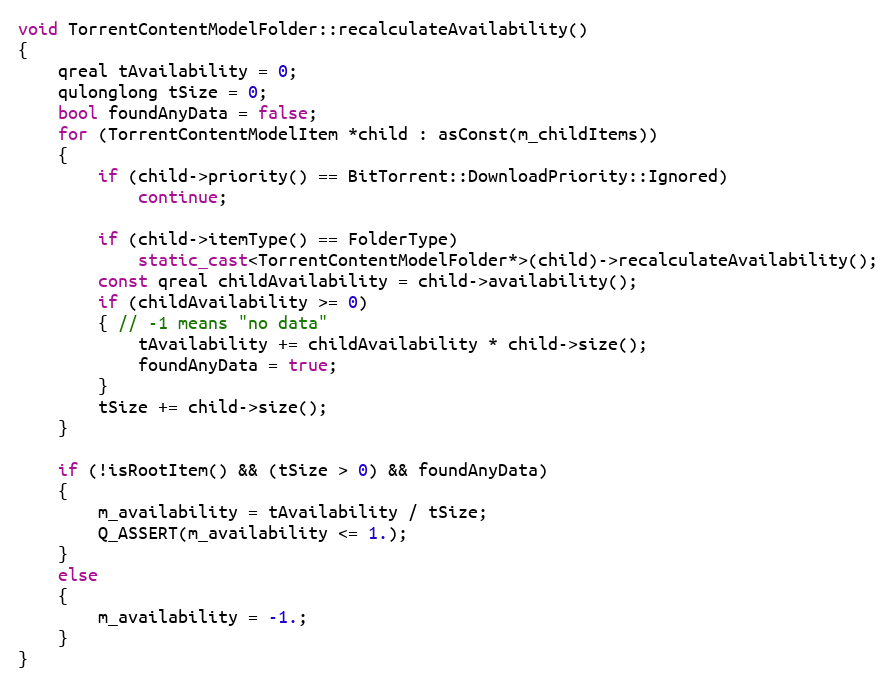
Language: C++
void TorrentContentModelFolder::recalculateAvailability()
{
    qreal tAvailability = 0;
    qulonglong tSize = 0;
    bool foundAnyData = false;
    for (TorrentContentModelItem *child : asConst(m_childItems))
    {
        if (child->priority() == BitTorrent::DownloadPriority::Ignored)
            continue;

        if (child->itemType() == FolderType)
            static_cast<TorrentContentModelFolder*>(child)->recalculateAvailability();
        const qreal childAvailability = child->availability();
        if (childAvailability >= 0)
        { // -1 means "no data"
            tAvailability += childAvailability * child->size();
            foundAnyData = true;
        }
        tSize += child->size();
    }

    if (!isRootItem() && (tSize > 0) && foundAnyData)
    {
        m_availability = tAvailability / tSize;
        Q_ASSERT(m_availability <= 1.);
    }
    else
    {
        m_availability = -1.;
    }
}